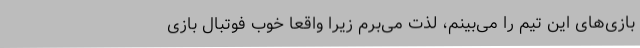
بازی‌های این تیم را می‌بینم، لذت می‌برم زیرا واقعا خوب فوتبال بازی